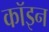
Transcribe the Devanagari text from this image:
कॉइन